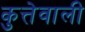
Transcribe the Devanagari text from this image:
कुत्तेवाली